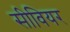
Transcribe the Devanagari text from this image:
सीवियर